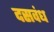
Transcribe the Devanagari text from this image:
दसवंध